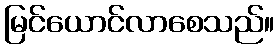
မြင်ယောင်လာစေသည်။